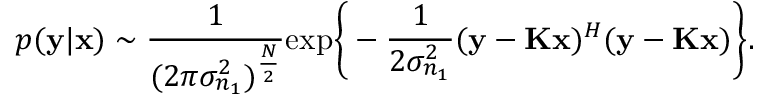
p ( { \mathbf { y } \vert { \mathbf { x } } } ) \sim \frac { 1 } { ( { 2 \pi } { { \sigma _ { n _ { 1 } } ^ { 2 } } } ) ^ { \frac { N } { 2 } } } \mathrm { e x p } \bigg \{ - \frac { 1 } { 2 { \sigma _ { n _ { 1 } } ^ { 2 } } } ( { \mathbf { y } } - { \mathbf { K } } { \mathbf { x } } ) ^ { H } ( { \mathbf { y } } - { \mathbf { K } } { \mathbf { x } } ) \bigg \} .